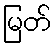
မြတ်